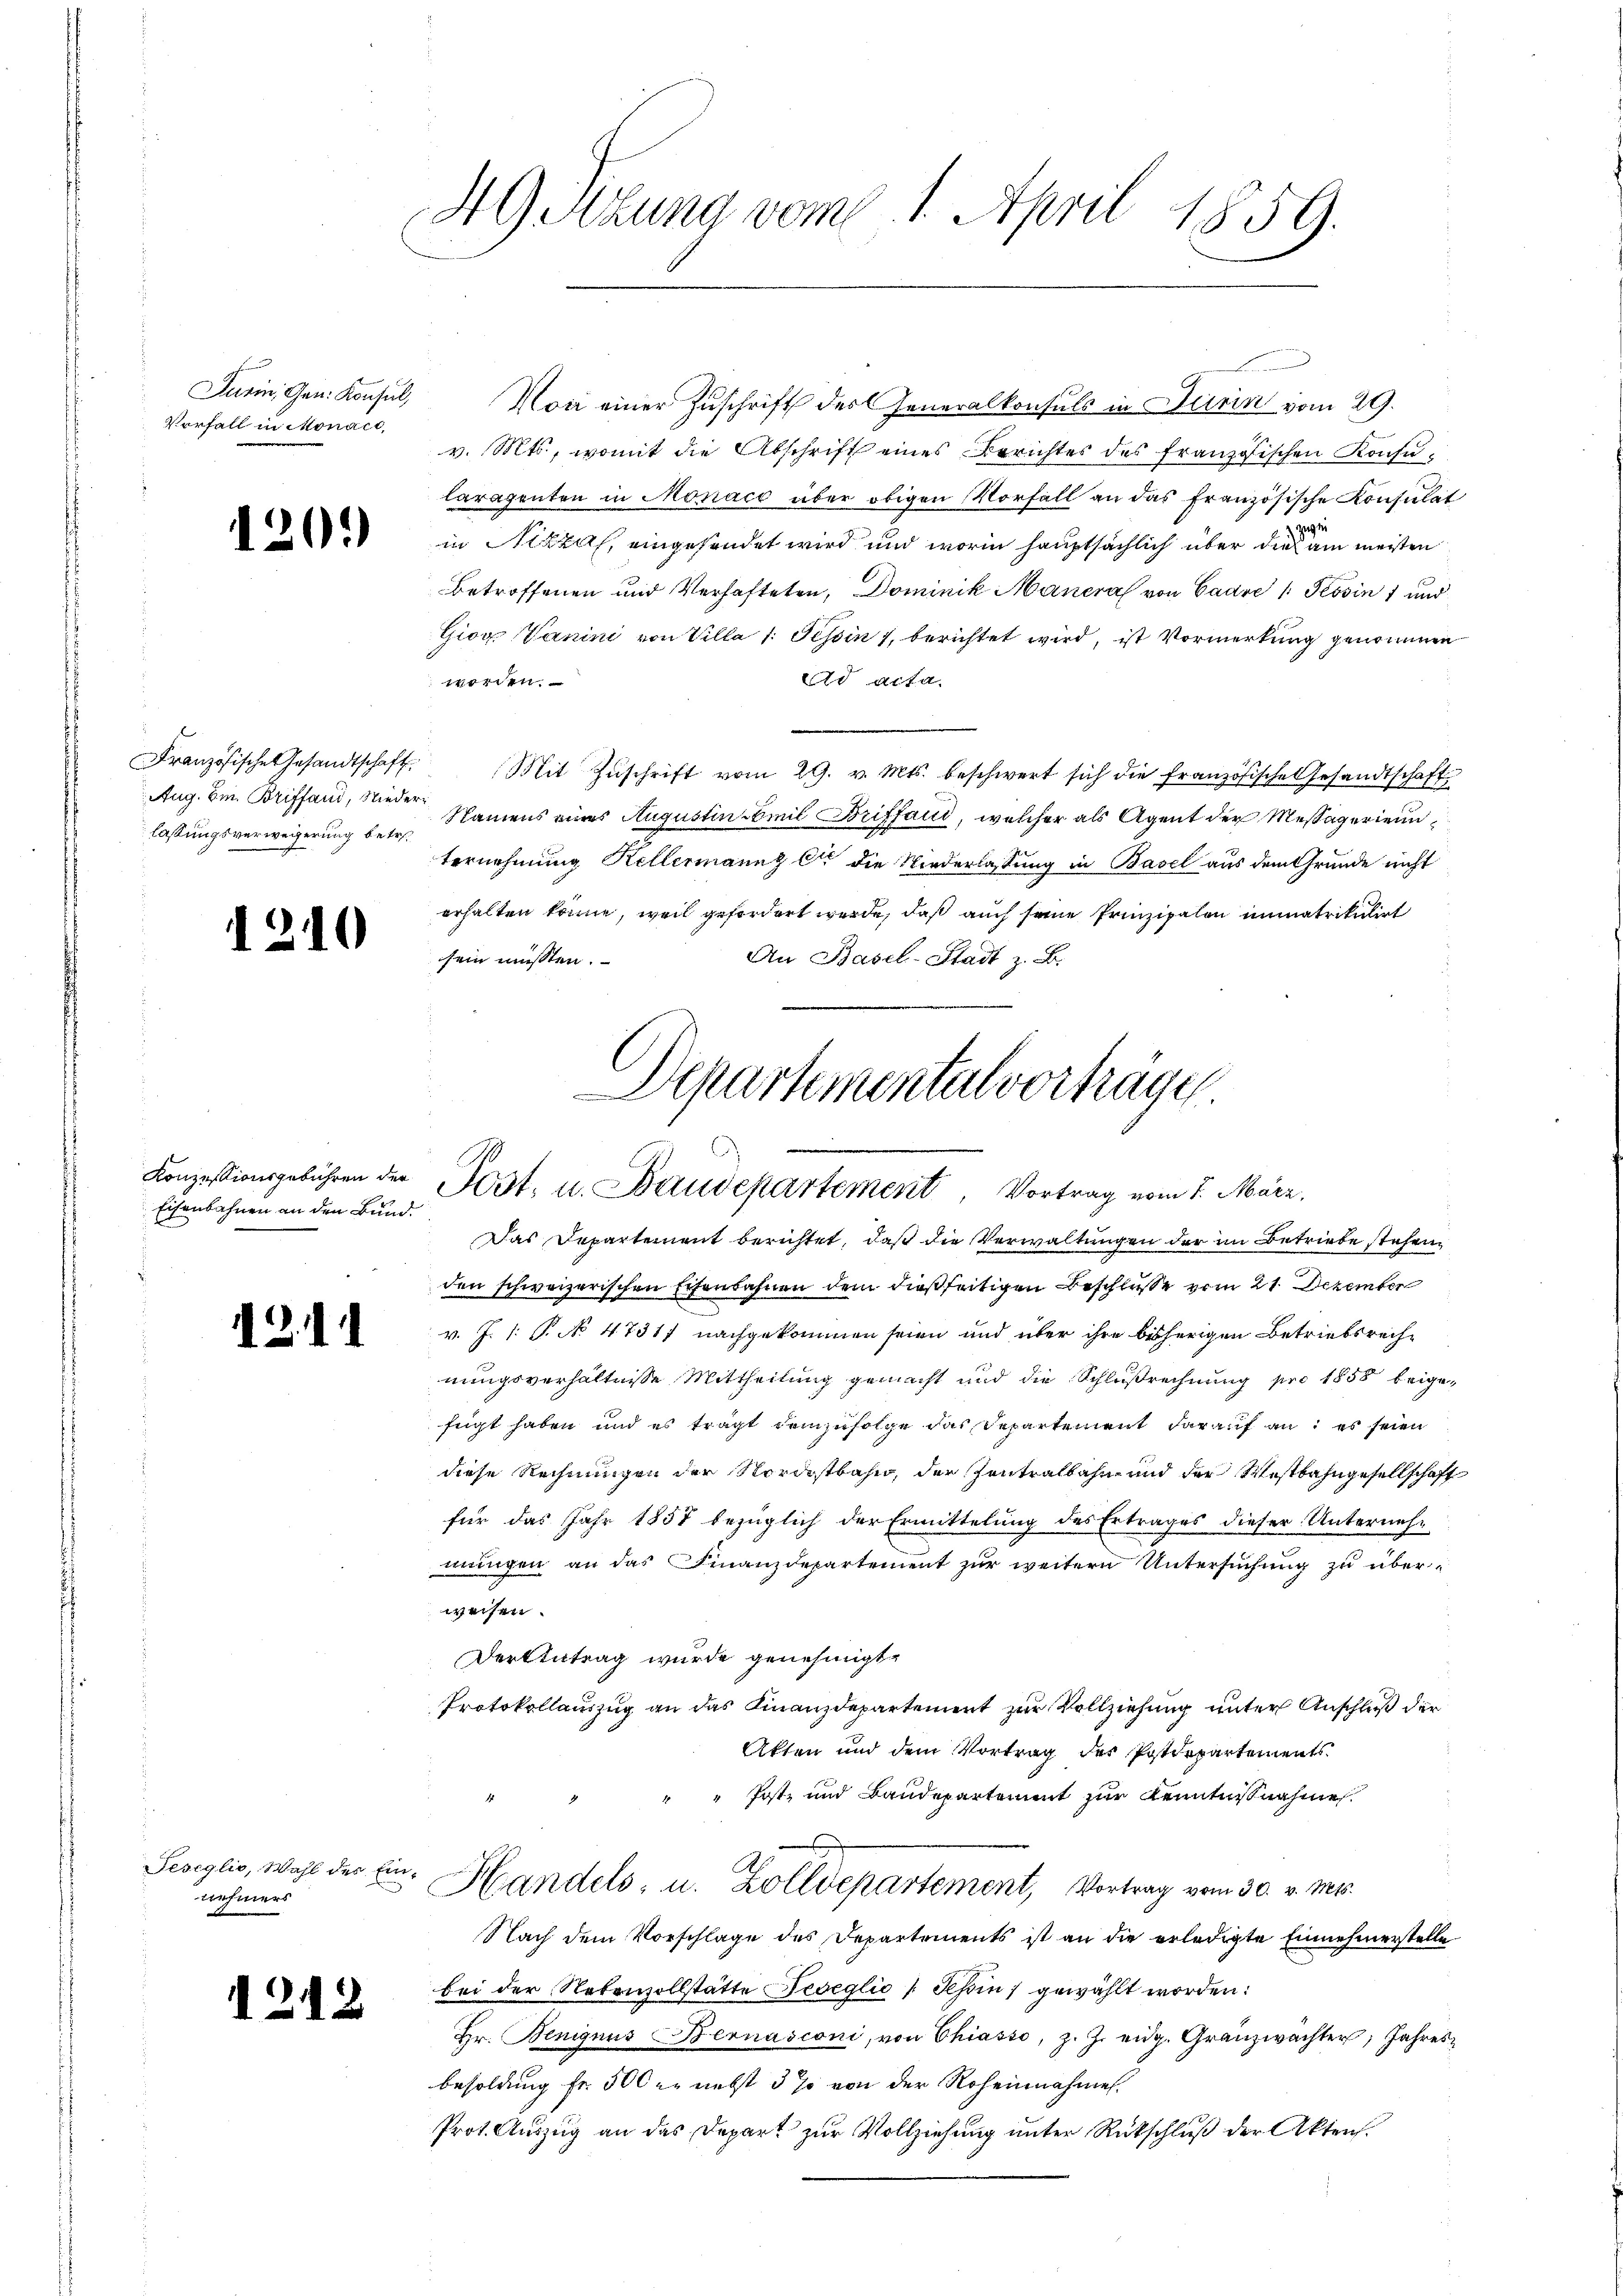
Darin, Gen. Konsul,
Vorfall in Monact,

h

120.)

Französische Gesandtschaft.
Aug. Em. Briffaud, Nieder
lassungsverweigerung betr.

Konzessionsgebühren der
Eisenbahnen an den Bund.

1211

.

5/

¬

Teseglio, Wahl des Einnehmers

49 Sizung vom 1. April 1859.

Von einer Zuschrift des Generalkonsuls in Betrin vom 29.
v. Mts., womit die Abschrift eines Berichtes des französischen Konsularagenten in Monaco über obigen Vorfall an das französische Konsulat
in Nizza, eingesendet wird und worin hauptsächlich über die am meisten
betroffenen und Verhafteten, Dominik Mauera von Cadre / Tessin 7 und
Giors Vanini von Villa 1. Tessin 7, berichtet wird, ist Vormerkung genommen
Ad acta
worden.
Mit Zŭschrift vom 29. v. Mts. beschwert sich die Französische Gesandtschaft
 Namens eines Augustin Emil Briffend, welcher als Agent der Messägerienn
ternehmung Kellermannz Er die Niederlassung in Basel aus dem Grunde nicht
erhalten könne, weil gefordert werde, daß auch seine Prinzipalen immatrikulirt
sein müssten.
An Basel-Stadt z. B.
Departemental vorträge.

f
.
Post. u. Baudepartement, Vortrag vom 7. März,

Das Departement berichtet, daß die Verwaltungen der im Betriebe stehen,
den schweizerischen Eisenbahnen dem dießseitigen Beschlüsse vom 21. Dezember
v. J. 1: P. No 47317 nachgekommen seien und über ihre bisherigen Betriebsreche
nungsverhältnisse Mittheilung gemacht und die Schlußrechnung pro 1858 beigefügt haben und es trägt demzufolge das Departement darauf an: es seien
diese Rechnungen der Nordostbahn, der Zentralbahn und der Westbahngesellschaft
für das Jahr 1857 bezüglich der Ermittelung des Ertrages dieser Unternehmungen an das Finanzdepartement zur weitern Untersuchung zu überweisen.
Dortantrag wurde genehmigt.
Protokollanzug an das Finanzdepartement zur Vollziehung unter Anschluß der
Akten und dem Vortrag des Postdepartements
Post, und Bandepartammt zur Kenntnißnahme
.
A
Handels- u. Zolldepartement, Vortrag vom 30. v. Ms.
Nach dem Vorschlage des Departements ist an die erledigte Einnehmerstelle
bei der Nebenzollstätte Fedeglio / Schin) gewählt worden:
Hr. Benignus Bernasconi, von Chiasso, z. Z. eidg. Granzwachter, Jahresbesoldung fr. 500 er nebst 5 % von der Roheinnahmen.
Prot. Auszug an das Depart zur Vollziehung unter Rückschluß der Akten.

b